Civil Veterinary Department Bihar & Orissa reports 1911-21 - 1911-1921
Year: 1911
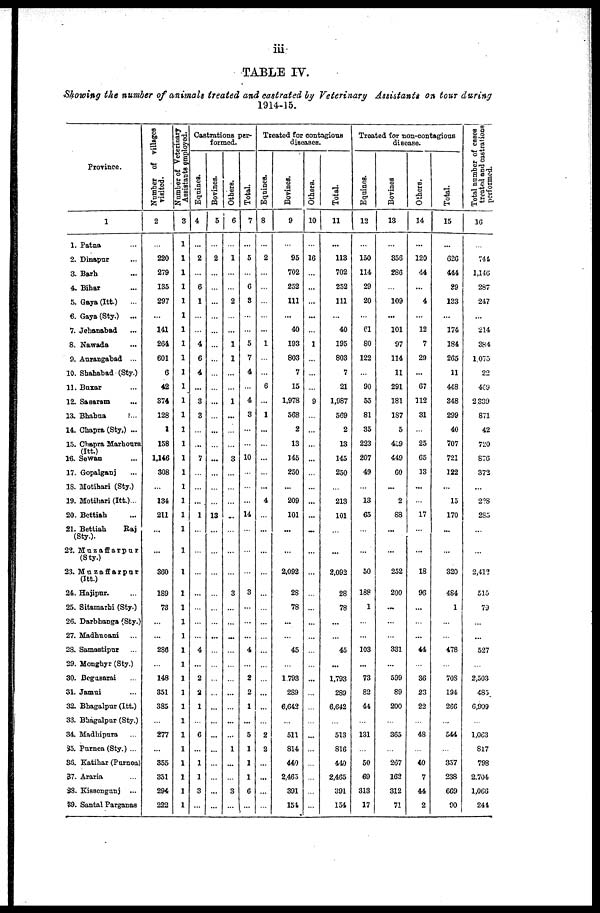
iii
TABLE IV.
Showing the number of anitnala treated and castrated by Veterinary Assi&tantt on tour during
1914-15.
Province.
1
1. Patna
2. Dinapur
3. Barh
4. Bihar
5. Gaya (Itt.)
-
6. Gaya (Sty.)
...
7. Jehanabad
8. Nawada
9. Aurangabad ...
10. Shahabad (Sty.)
11. Buxar
12. Saearam
13. Bhabua
14. Ghapra (Sty,) ...
15. Chapra Marhoura
(Itt.)
16. Sewan
17. Gopalganj
18. Motihari (Sty.)
19. Motihari (Itt.)...
20. Bcttiah
21. Bettiah
Baj
(Sty.).
22. Muzaffarpur
(Sty.)
23. Muzaffarpnr
(Itt.)
24. Hajipur.
25. Sitamathi (Sty.)
26. DarbhaDga (Sty.)
27. Madhuoani
23. Samaatipur
29. Monghyr (Sty.)
30. Begusarai
31. Jamui
32. Bhagalpur (Itt.)
33. Bhagalpur (Sty.)
34. Madhipura
35. Purnea (Sty.) ...
36. Katihar (Purnoa)
37. Araria
33. Kissciigimj
39. Santal Parganas
Number of villages
visited.
2
...
220
279
135
297
...
141
261
601
6
42
374
128
1
158
1,146
308
...
134
211
...
...
360
1S9
73
...
...
280
...
148
351
385
...
277
...
355
351
294
222
Number of Veterinary
Assistants employed.
3
1
1
1
1
1
1
1
1
1
1
1
1
1
1
1
1
1
1
1
1
1
1
1
1
1
1
1
1
1
1
1
1
1
1
1
1
1
1
1
Castrations per-
formed.
Equines.
4
...
2
6
1
4
6
4
3
3
...
7
...
...
...
1
...
...
...
...
...
...
...
4
...
2
2
1
...
6
...
1
1
3
...
Bovines.
5
...
2
...
...
...
...
...
13
...
...
...
...
...
...
...
...
...
...
...
...
...
...
...
...
...
...
...
Others.
6
...
1
2
1
1
1
...
3
...
...
...
...
...
...
...
3
...
...
...
...
...
...
...
...
...
...
1
...
...
3
...
Total.
7
...
5
6
3
5
7
4
4
3
10
...
...
...
14
...
...
...
3
...
...
...
4
2
2
1
...
5
1
1
1
6
...
Treated for contagious
diseases.
Equines.
8
...
2
1
6
1
...
...
...
...
4
...
...
...
...
...
...
...
...
...
...
...
...
...
2
2
...
...
...
...
Bovines.
9
...
95
702
252
111
...
40
193
803
7
15
1,978
568
2
13
145
250
...
209
101
...
...
2,092
28
78
...
45
...
1793
2S9
6,042
...
511
814
440
2,463
391
151
Others.
10
...
16
...
...
...
...
...
1
...
...
...
9
...
...
...
...
...
...
...
...
...
...
...
...
...
...
...
...
...
...
...
...
...
...
...
...
...
...
Total.
11
...
113
702
252
111
...
40
195
803
7
21
1,987
569
2
13
145
250
213
101
2,092
28
78
...
...
45
...
1,793
289
6,642
...
513
816
440
2,465
391
154
Treated for non-contagious
disease.
Equines.
12
...
150
114
29
20
...
61
80
122
...
90
55
81
35
223
207
49
13
65
50
188
1
...
...
103
...
73
82
44
...
131
...
50
69
313
17
Bovines.
13
...
356
286
109
...
101
97
114
11
291
181
187
5
419
449
60
...
2
88
...
...
252
200
...
...
...
331
...
599
89
200
...
365
...
207
162
312
71
Others.
14
...
120
44
...
4
...
12
7
29
...
67
112
31
25
65
33
...
...
17
...
...
18
96
...
...
...
44
...
36
23
22
...
48
...
40
7
44
2
Total.
15
...
626
444
29
133
...
174
184
265
11
448
348
299
40
707
721
122
...
15
170
...
...
320
484
1
...
...
478
...
708
194
266
...
544
...
357
238
669
90
Total number of cases
treated and castrations
performed.
16
...
744
1,146
287
247
...
214
384
1,075
22
469
2339
871
42
720
876
372
...
2?8
285
...
...
2,412
515
70
...
...
527
...
2,503
485
6,909
...
1,063
817
798
2,704
1,066
244